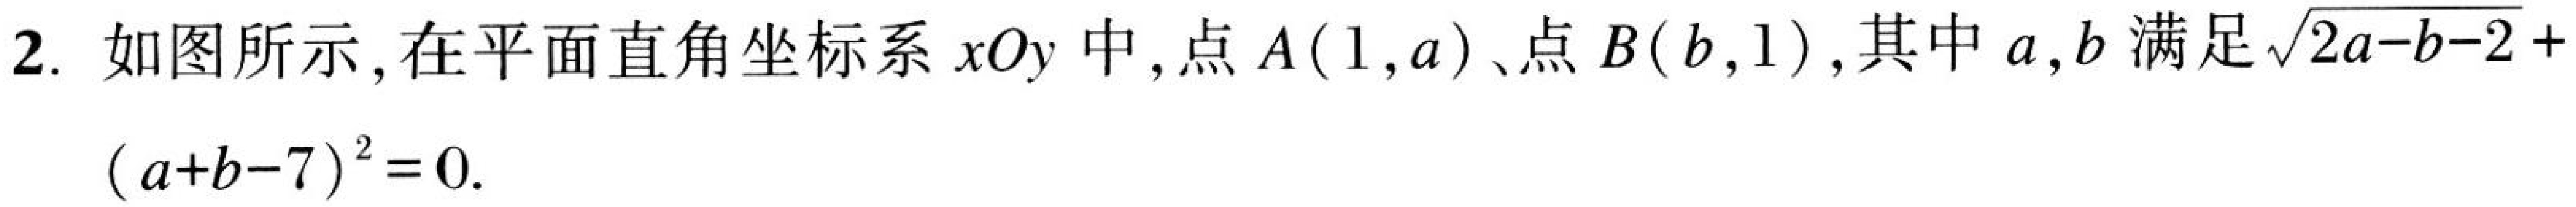
2. 如图所示, 在平面直角坐标系$xOy$中, 点$A(1,a)$、点$B(b,1)$,其中$a,b$满足$\sqrt{2a - b - 2}+(a + b - 7)^{2}=0$.